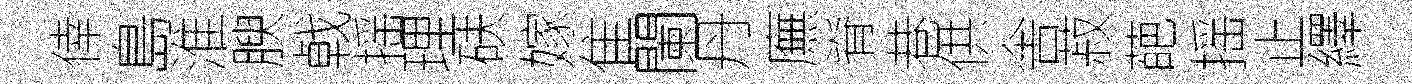
倖島淮腴㦸摇理砆嫁隹闌丹廡脊巷供舎菽葩摇止繹